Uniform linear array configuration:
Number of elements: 12
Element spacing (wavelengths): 0.75
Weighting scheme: exponential
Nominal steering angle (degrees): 45
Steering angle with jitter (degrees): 46.708
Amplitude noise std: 0.05
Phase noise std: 0.05

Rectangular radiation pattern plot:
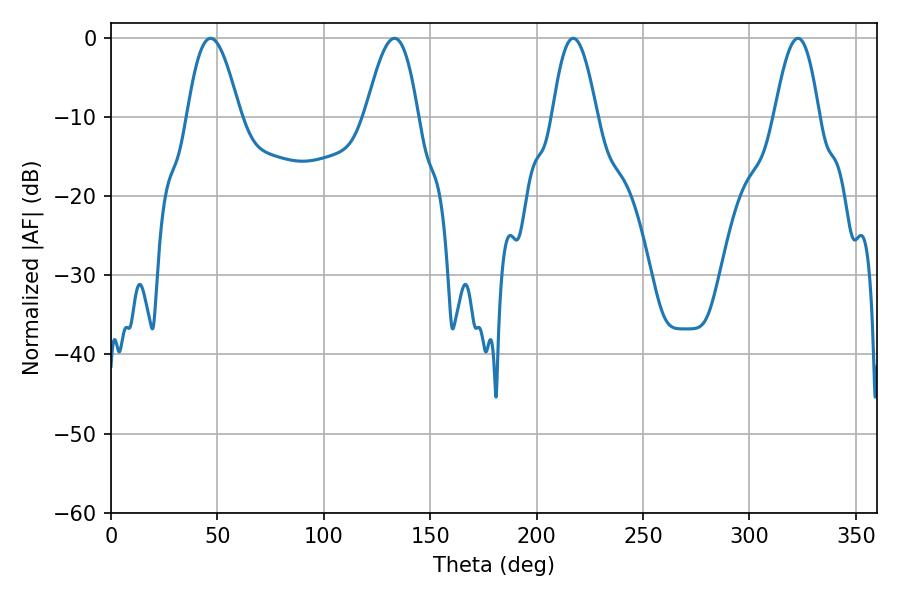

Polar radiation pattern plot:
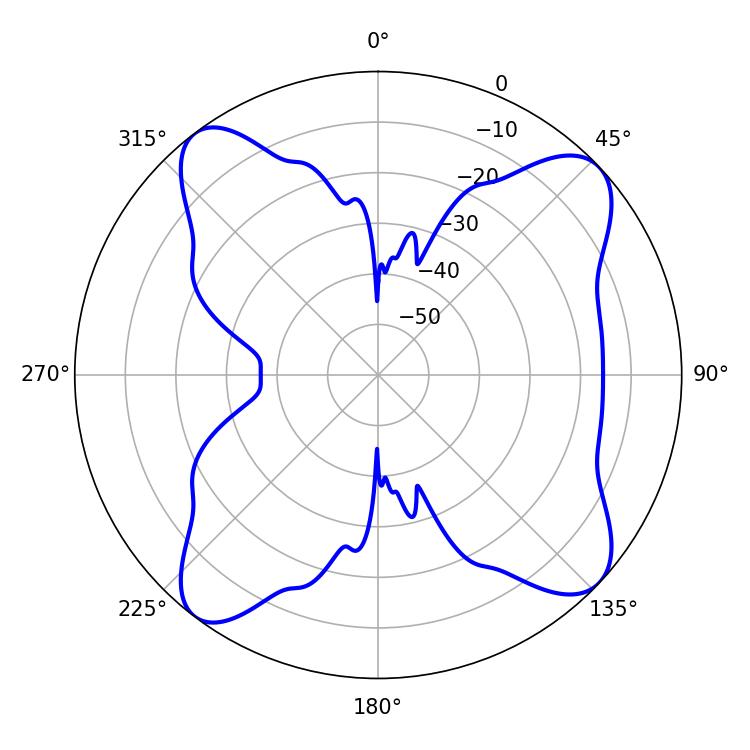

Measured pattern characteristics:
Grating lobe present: TRUE
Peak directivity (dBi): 11.776
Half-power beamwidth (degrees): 13.5
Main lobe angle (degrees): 46.8